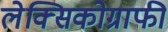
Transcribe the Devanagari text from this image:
लेक्सिकोग्राफी